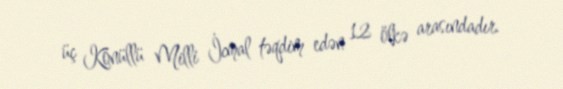
üç Könüllü Milli İcmal təqdim edən 12 ölkə arasındadır.